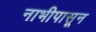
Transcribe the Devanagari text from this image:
नाभीपासून